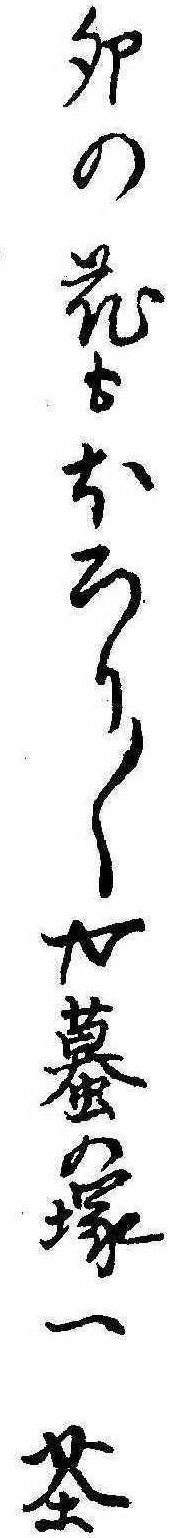
卯の花もほろり〱や蟇の塚一茶